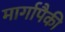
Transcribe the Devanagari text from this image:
मार्गापैकी